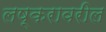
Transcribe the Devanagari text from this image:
लष्करावरील